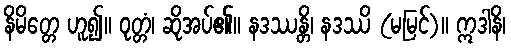
နိမိတ္တေ ဟူ၍။ ဝုတ္တံ၊ ဆိုအပ်၏။ နဒဿန္တိ၊ နဒဿိ (မမြင်)။ ဣဒါနိ၊